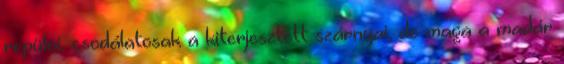
repülni, csodálatosak a kiterjesztett szárnyai, de maga a madár